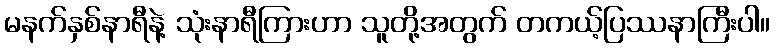
မနက်နှစ်နာရီနဲ့ သုံးနာရီကြားဟာ သူတို့အတွက် တကယ့်ပြဿနာကြီးပါ။